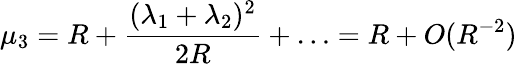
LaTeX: \mu_{3}=R+\frac{(\lambda_{1}+\lambda_{2})^{2}}{2R}+\ldots=R+O(R^{-2})